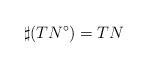
LaTeX: \begin{align*} \sharp (TN^{\circ})=TN\end{align*}